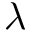
\lambda